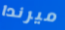
ميرندا